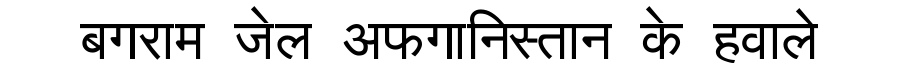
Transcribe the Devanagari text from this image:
बगराम जेल अफगानिस्तान के हवाले